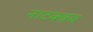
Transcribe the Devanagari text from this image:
नाटक्त्रय